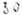
Text: 80